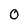
Character: 0